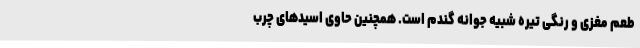
طعم مغزی و رنگی تیره شبیه جوانه گندم است. همچنین حاوی اسیدهای چرب